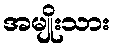
အမျိုးသား